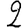
Digit: 2